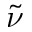
\tilde { \nu }